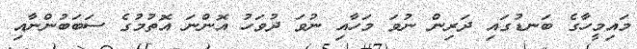
މައިމީހާގެ ބަނޑުގައި ދަރިން ނުވަ މަހާއި ނުވަ ދުވަހު އޮންނަ އޮތުމުގެ ސަބަބުންނާއި